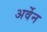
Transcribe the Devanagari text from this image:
अर्वेन